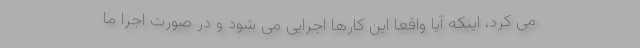
می کرد، اینکه آیا واقعا این کارها اجرایی می شود و در صورت اجرا ما